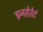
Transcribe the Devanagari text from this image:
इनहेरेटं